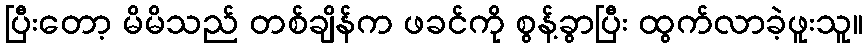
ပြီးတော့ မိမိသည် တစ်ချိန်က ဖခင်ကို စွန့်ခွာပြီး ထွက်လာခဲ့ဖူးသူ။